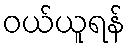
ဝယ်ယူရန်